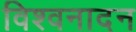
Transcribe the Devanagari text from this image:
विश्वनादन